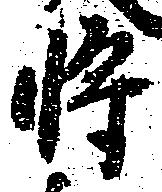
将